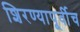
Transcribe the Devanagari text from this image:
शिरण्यापूर्वीच